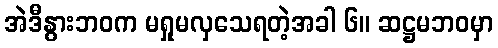
အဲဒီနွားဘဝက မရှုမလှသေရတဲ့အခါ ၆။ ဆဋ္ဌမဘဝမှာ